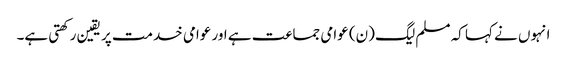
انہوں نے کہا کہ مسلم لیگ (ن) عوامی جماعت ہے اور عوامی خدمت پر یقین رکھتی ہے۔